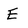
Character: E